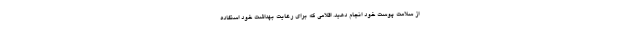
از سلامت پوست خود انجام دهید. اقلامی که برای رعایت بهداشت خود استفاده